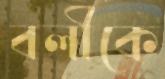
বলীকে